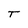
Character: T